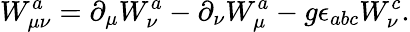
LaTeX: W_{\mu\nu}^{a}=\partial_{\mu}W_{\nu}^{a}-\partial_{\nu}W_{\mu}^{a}-g\epsilon_{abc}W_{\nu}^{c}.